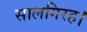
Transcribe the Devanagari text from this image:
सालगिरह।